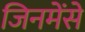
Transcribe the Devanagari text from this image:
जिनमेंसे